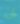
إن